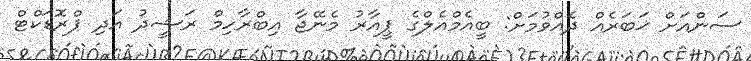
ސަންއަށް ޚަބަރެއް ދެއްވުމަށް: ބީއެމްއެލްގެ ޕީއާރު މެނޭޖާ އިބްރާހިމް ރަޝީދު އަދި ޕްރޮޑަކްޓް